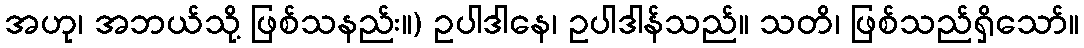
အဟု၊ အဘယ်သို့ ဖြစ်သနည်း။) ဥပါဒါနေ၊ ဥပါဒါန်သည်။ သတိ၊ ဖြစ်သည်ရှိသော်။